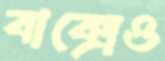
বাক্সেও